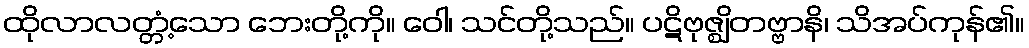
ထိုလာလတ္တံ့သော ဘေးတို့ကို။ ဝေါ၊ သင်တို့သည်။ ပဋိဗုဇ္ဈိတဗ္ဗာနိ၊ သိအပ်ကုန်၏။